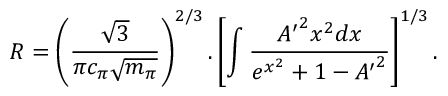
R = \left( \frac { \sqrt 3 } { \pi c _ { \pi } \sqrt { m _ { \pi } } } \right) ^ { 2 / 3 } . \left[ \int \frac { { A ^ { \prime } } ^ { 2 } x ^ { 2 } d x } { e ^ { x ^ { 2 } } + 1 - { A ^ { \prime } } ^ { 2 } } \right] ^ { 1 / 3 } .